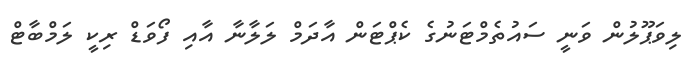
ލިވަޕޫލުން ވަނީ ސައުތެމްޓަނުގެ ކެޕްޓަން އާދަމް ލަލާނާ އާއި ފޯވަޑް ރިކީ ލަމްބާޓް